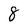
Character: 8